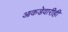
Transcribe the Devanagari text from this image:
आकडेवारीही